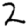
Digit: 2